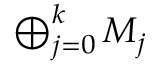
\textstyle \bigoplus _ { j = 0 } ^ { k } M _ { j }